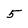
Character: 5